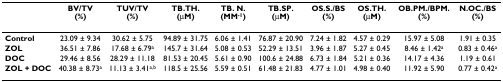
|  | BV/TV (%) | TUV/TV (%) | TB.TH. (μM) | TB. N. (MM-1) | TB.SP. (μM) | OS.S./BS (%) | OS.TH. (μM) | OB.PM./BPM. (%) | N.OC./BS (%) |
 | --- | --- | --- | --- | --- | --- | --- | --- | --- | --- |
 | Control | 23.09 ± 9.34 | 30.62 ± 5.75 | 94.89 ± 31.75 | 6.06 ± 1.41 | 76.87 ± 20.90 | 7.24 ± 1.82 | 4.57 ± 0.29 | 15.97 ± 5.08 | 1.91 ± 0.35 |
 | ZOL | 36.51 ± 7.86 | 17.68 ± 6.79a | 145.7 ± 31.64 | 5.08 ± 0.53 | 52.29 ± 13.51 | 3.96 ± 1.87 | 5.27 ± 0.45 | 8.46 ± 1.42a | 0.83 ± 0.46a |
 | DOC | 29.46 ± 8.56 | 28.29 ± 11.18 | 81.53 ± 20.45 | 5.61 ± 0.90 | 100.6 ± 24.88 | 6.73 ± 1.84 | 5.21 ± 0.36 | 14.17 ± 4.36 | 1.19 ± 0.61 |
 | ZOL + DOC | 40.38 ± 8.73a | 11.13 ± 3.41a,b | 118.5 ± 25.56 | 5.59 ± 0.51 | 61.48 ± 21.83 | 4.77 ± 1.01 | 4.98 ± 0.40 | 11.92 ± 5.90 | 0.77 ± 0.42a |